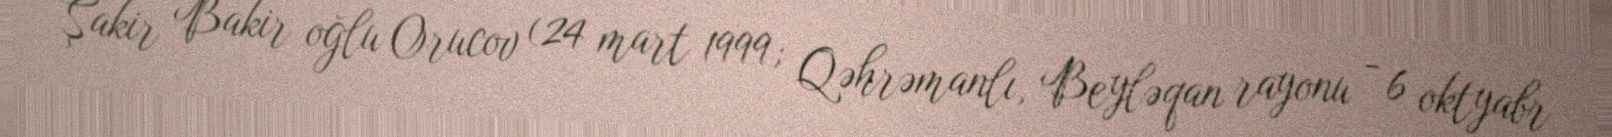
Şakir Bakir oğlu Orucov (24 mart 1999; Qəhrəmanlı, Beyləqan rayonu - 6 oktyabr